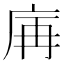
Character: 𢈖